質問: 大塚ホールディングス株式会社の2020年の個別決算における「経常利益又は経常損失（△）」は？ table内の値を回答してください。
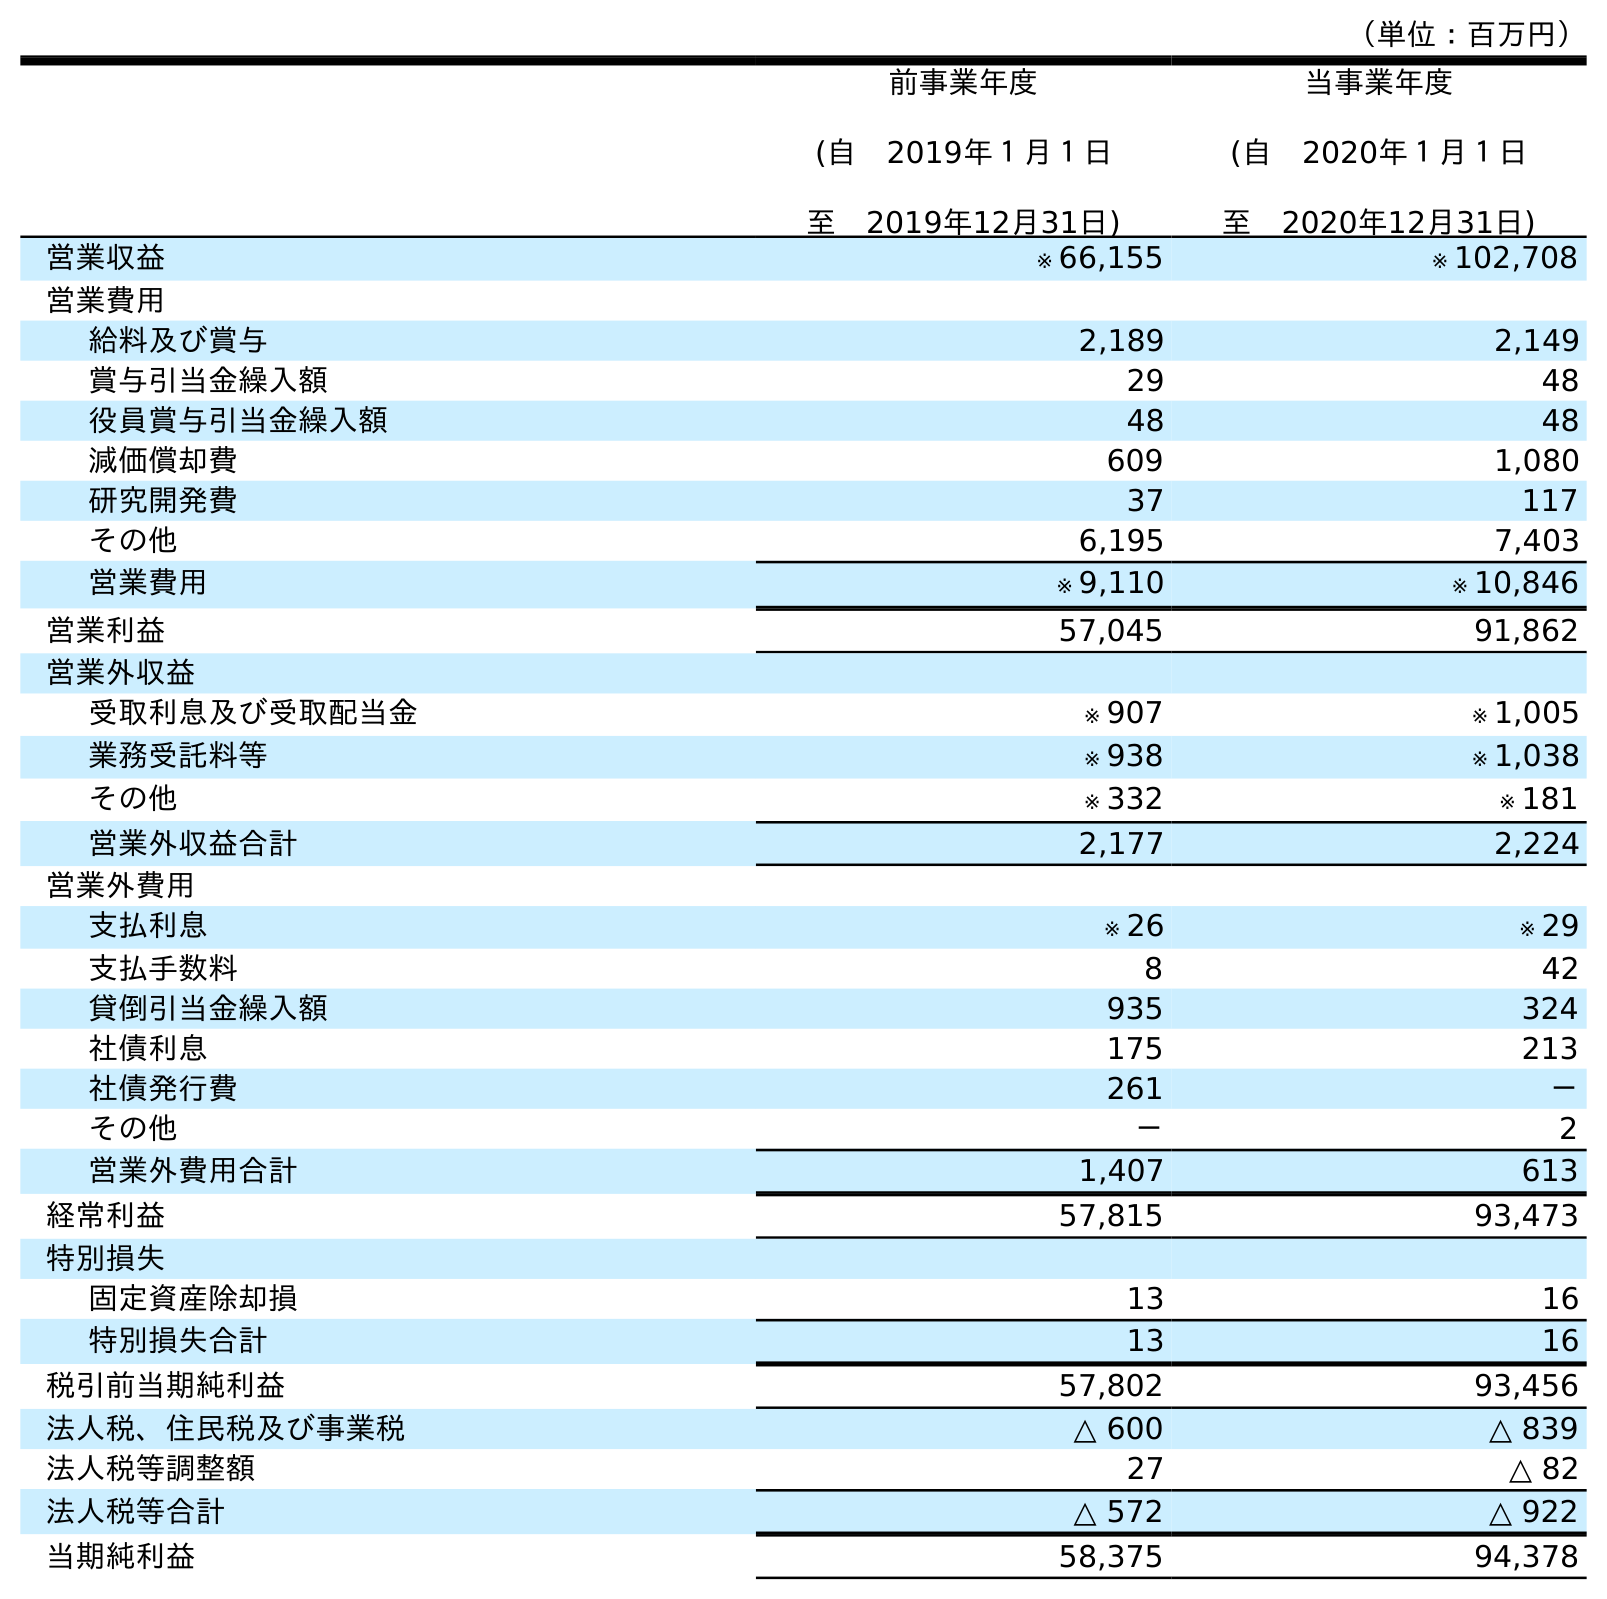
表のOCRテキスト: （単位：百万円） 前事業年度 (自 2019年１月１日 至 2019年12月31日) 当事業年度 (自 2020年１月１日 至 2020年12月31日) 営業収益 ※ 66,155 ※ 102,708 営業費用 給料及び賞与 2,189 2,149 賞与引当金繰入額 29 48 役員賞与引当金繰入額 48 48 減価償却費 609 1,080 研究開発費 37 117 その他 6,195 7,403 営業費用 ※ 9,110 ※ 10,846 営業利益 57,045 91,862 営業外収益 受取利息及び受取配当金 ※ 907 ※ 1,005 業務受託料等 ※ 938 ※ 1,038 その他 ※ 332 ※ 181 営業外収益合計 2,177 2,224 営業外費用 支払利息 ※ 26 ※ 29 支払手数料 8 42 貸倒引当金繰入額 935 324 社債利息 175 213 社債発行費 261 － その他 － 2 営業外費用合計 1,407 613 経常利益 57,815 93,473 特別損失 固定資産除却損 13 16 特別損失合計 13 16 税引前当期純利益 57,802 93,456 法人税、住民税及び事業税 △ 600 △ 839 法人税等調整額 27 △ 82 法人税等合計 △ 572 △ 922 当期純利益 58,375 94,378
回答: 93,473